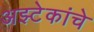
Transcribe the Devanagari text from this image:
अझ्टेकांचे